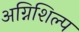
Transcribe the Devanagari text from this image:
अग्निशिल्प